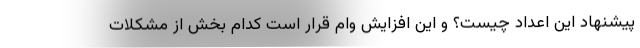
پیشنهاد این اعداد چیست؟ و این افزایش وام قرار است کدام بخش از مشکلات